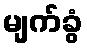
မျက်ခွံ